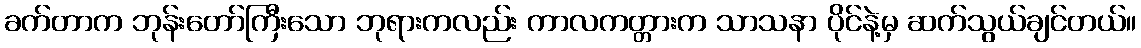
ခက်တာက ဘုန်းတော်ကြီးသော ဘုရားကလည်း ကာလကတ္တားက သာသနာ ပိုင်နဲ့မှ ဆက်သွယ်ချင်တယ်။